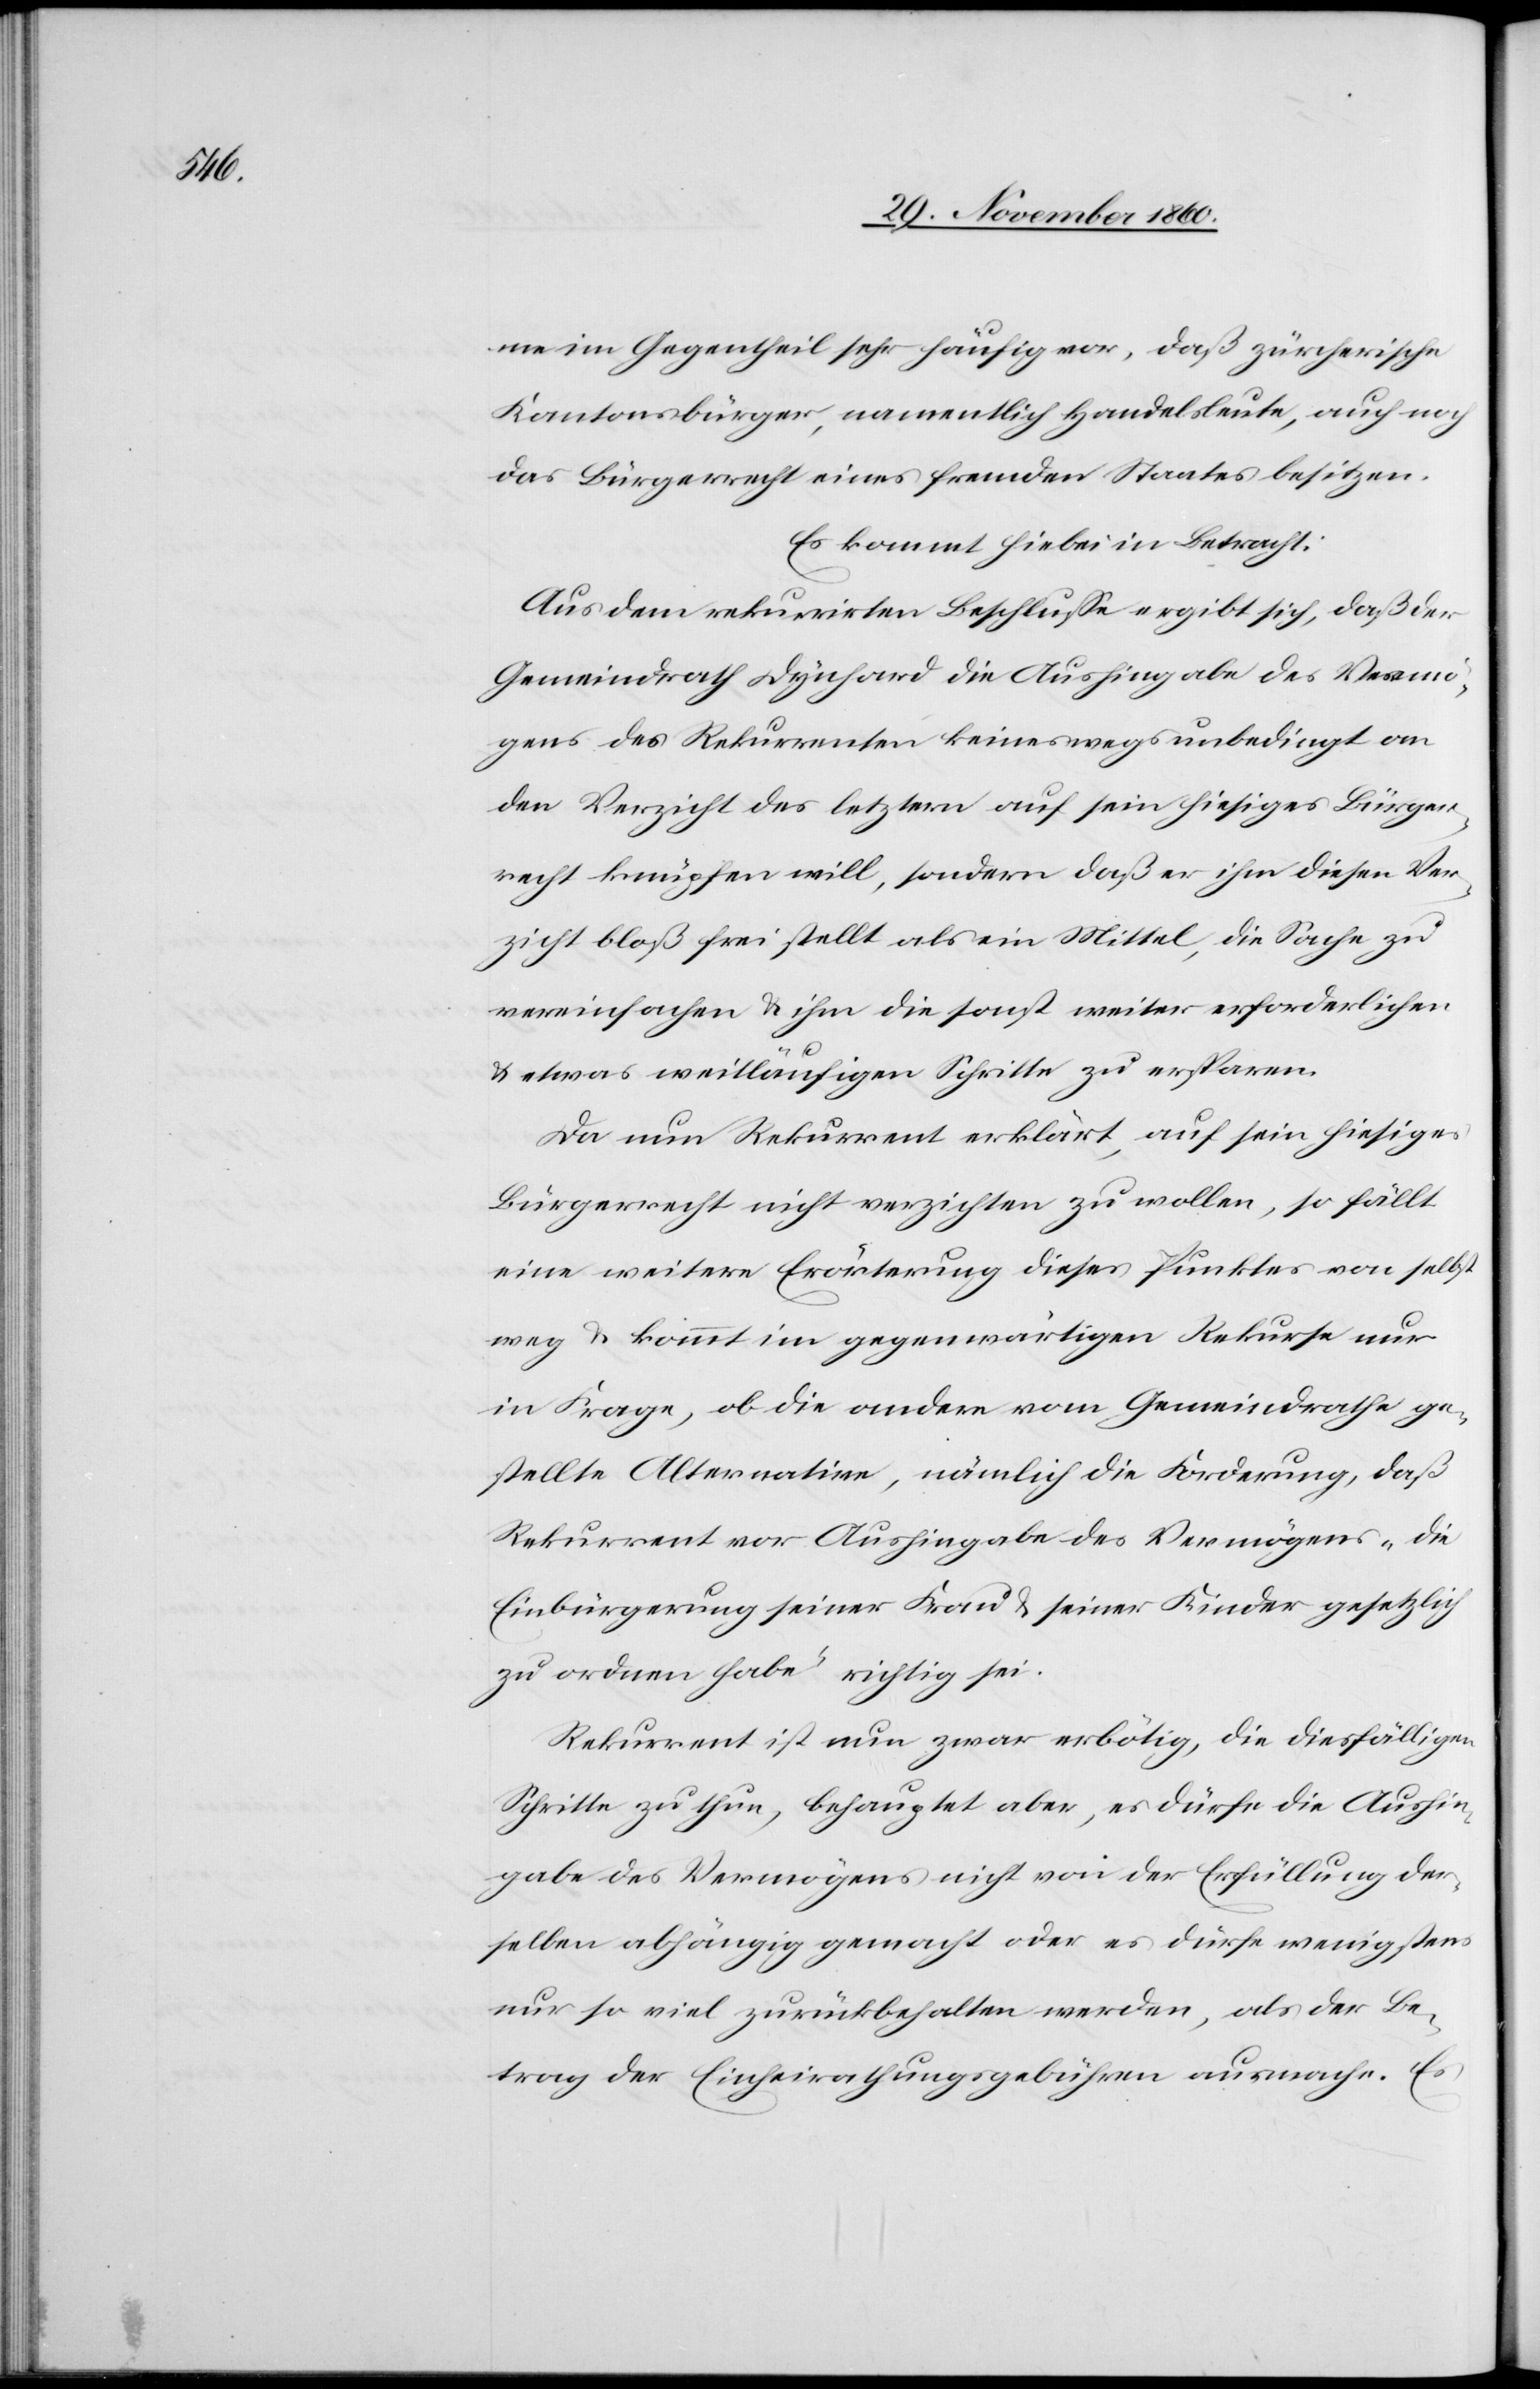
me im Gegentheil sehr häufig vor, daß zürcherische
Kantonsbürger, namentlich Handelsleute, auch noch
das Bürgerrecht eines fremden Staates besitzen.
Es kommt hiebei in Betracht:
Aus dem rekurrirten Beschlusse ergibt sich, daß der
Gemeindrath Dynhard in Aushingabe des Vermö¬
gens des Rekurrenten keineswegs unbedingt an
den Verzicht des letztern auf sein hiesiges Bürger¬
recht knüpfen will, sondern daß er ihm diesen Ver¬
zicht bloß frei stellt als ein Mittel, die Sache zu
vereinfachen u. ihm die sonst weiter erforderlichen
u. etwas weitläufigen Schritte zu ersparen.
Da nun Rekurrent erklärt, auf sein hiesiges
Bürgerrecht nicht verzichten zu wollen, so fällt
eine weitere Erörterung dieses Punktes von selbst
weg u. kommt im gegenwärtigen Rekurse nur
in Frage, ob die andere vom Gemeindrathe ge¬
stellte Alternative, nämlich die Forderung, daß
Rekurrent vor Aushingabe des Vermögens „die
Einbürgerung seiner Frau u. seiner Kinder gesetzlich
zu ordnen habe“
richtig sei.
Rekurrent ist nun zwar erbötig, die diesfälligen
Schritte zu thun, behauptet aber, es dürfe die Aushin¬
gabe des Vermögens nicht von der Erfüllung der¬
selben abhängig gemacht oder es dürfe wenigstens
nur so viel zurückbehalten werden, als der Be¬
trag der Einheirathungsgebühren ausmache. Es